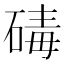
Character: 碡